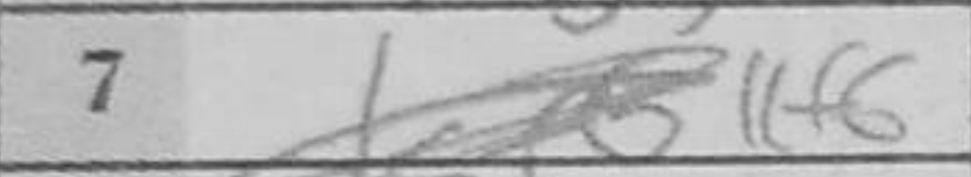
Transcription: Kf6